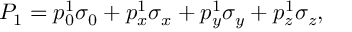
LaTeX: P _ { 1 } = p _ { 0 } ^ { 1 } \sigma _ { 0 } + p _ { x } ^ { 1 } \sigma _ { x } + p _ { y } ^ { 1 } \sigma _ { y } + p _ { z } ^ { 1 } \sigma _ { z } ,